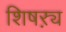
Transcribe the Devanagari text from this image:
शिषऱ्य